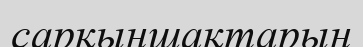
сарқыншақтарын